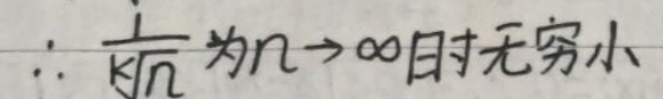
$\therefore \frac{1}{\sqrt[k]{n}}  $为$  n \to \infty  $时无穷小